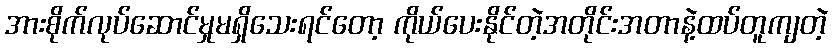
အားစိုက်လုပ်ဆောင်မှုမရှိသေးရင်တော့ ကိုယ်ပေးနိုင်တဲ့အတိုင်းအတာနဲ့ထပ်တူကျတဲ့